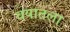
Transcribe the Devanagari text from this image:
वयातला